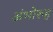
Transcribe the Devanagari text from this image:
अंभोरुह